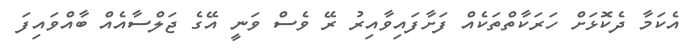
އެކަމާ ދެކޮޅަށް ހަރަކާތްތަކެއް ފަށާފައިވާއިރު ރޭ ވެސް ވަނީ އޭގެ ޖަލްސާއެއް ބާއްވައިފަ